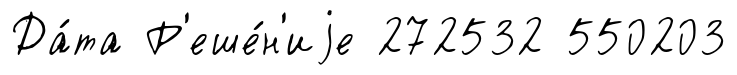
Да́та Р'еше́н'иjе 272532 550203